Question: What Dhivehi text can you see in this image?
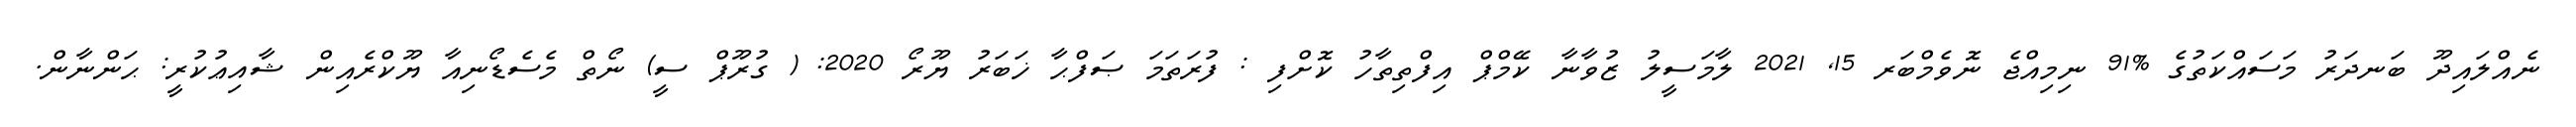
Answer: ނެއްލައިދޫ ބަނދަރު މަސައްކަތުގެ %91 ނިމިއްޖެ ނޮވެމްބަރ 15, 2021 ލާމަސީލު ޒުވާނާ ކޭމްޕް އިފްތިތާހު ކޮށްފި : ފުރަތަމަ ޞަފްޙާ ޚަބަރު ޔޫރޯ 2020: ( ގުރޫޕް ސީ) ނޯތް މެސެޑޯނިއާ ޔޫކްރެއިން ޝާއިޢުކުރީ: ޙަންނާން.